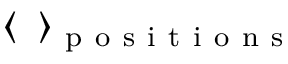
\langle \, \, \, \rangle _ { \mathrm { ~ p ~ o ~ s ~ i ~ t ~ i ~ o ~ n ~ s ~ } }